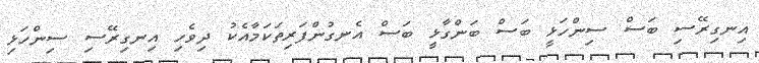
އިނގިރޭސި ބަސް ސިންހަޅީ ބަސް ބަންގާޅީ ބަސް އެނގުންފަރިތަކަމާއެކު ދިވެހި އިނގިރޭސި ސިންހަޅި